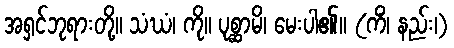
အရှင်ဘုရားတို့။ သံဃံ၊ ကို။ ပုစ္ဆာမိ၊ မေးပါ၏။ (ကိံ၊ နည်း၊)